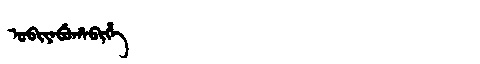
Manchu: ᡠᠪᡳᠶᠠᠪᡠᡥᠠᠪᡳᡥᡝ
Romanization: UBIYABUHABIHE